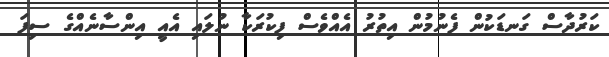
ކަރުދާސް ގަނޑަކުން ފެނުމުން އިތުރު އެއްވެސް ފިކުރަކާ ނުލައި އެއީ އިންސާނެއްގެ ސިފަ